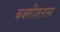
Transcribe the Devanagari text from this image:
बक्शीशनामा